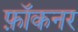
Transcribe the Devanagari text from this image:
फ़ॉकनर